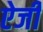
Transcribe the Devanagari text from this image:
ऐजी